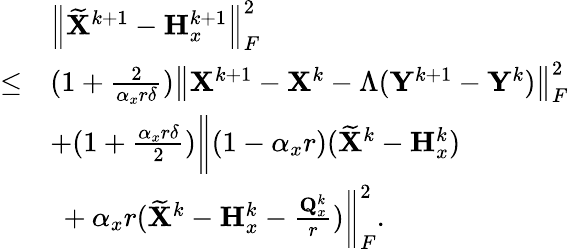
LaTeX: \begin{array}{rl}&{\left\| \widetilde{{\mathbf{X}}}^{k+1}-{\mathbf{H}}_{x}^{k+1}\right\| _{F}^{2}}\\ {\leq}&{(1+\frac{2}{\alpha_{x}r\delta})\left\| {\mathbf{X}}^{k+1}-{\mathbf{X}}^{k}-\Lambda({\mathbf{Y}}^{k+1}-{\mathbf{Y}}^{k})\right\| _{F}^{2}}\\ &{+(1+\frac{\alpha_{x}r\delta}{2})\bigg\Vert(1-\alpha_{x}r)(\widetilde{{\mathbf{X}}}^{k}-{\mathbf{H}}_{x}^{k})}\\ &{~+\alpha_{x}r(\widetilde{{\mathbf{X}}}^{k}-{\mathbf{H}}_{x}^{k}-\frac{{\mathbf{Q}}_{x}^{k}}{r})\bigg\Vert_{F}^{2}.}\end{array}